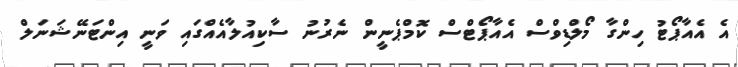
އެ އެއާޕޯޓު ހިންގާ މޯލްޑިވްސް އެއާޕޯޓްސް ކޮމްޕެނީން ނެރުނު ސާކިއުލާއެއްގައި ވަނީ އިންޓަނޭޝަނަލް